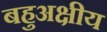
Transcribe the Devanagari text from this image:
बहुअक्षीय